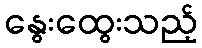
နွေးထွေးသည့်